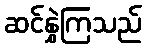
ဆင်နွှဲကြသည်